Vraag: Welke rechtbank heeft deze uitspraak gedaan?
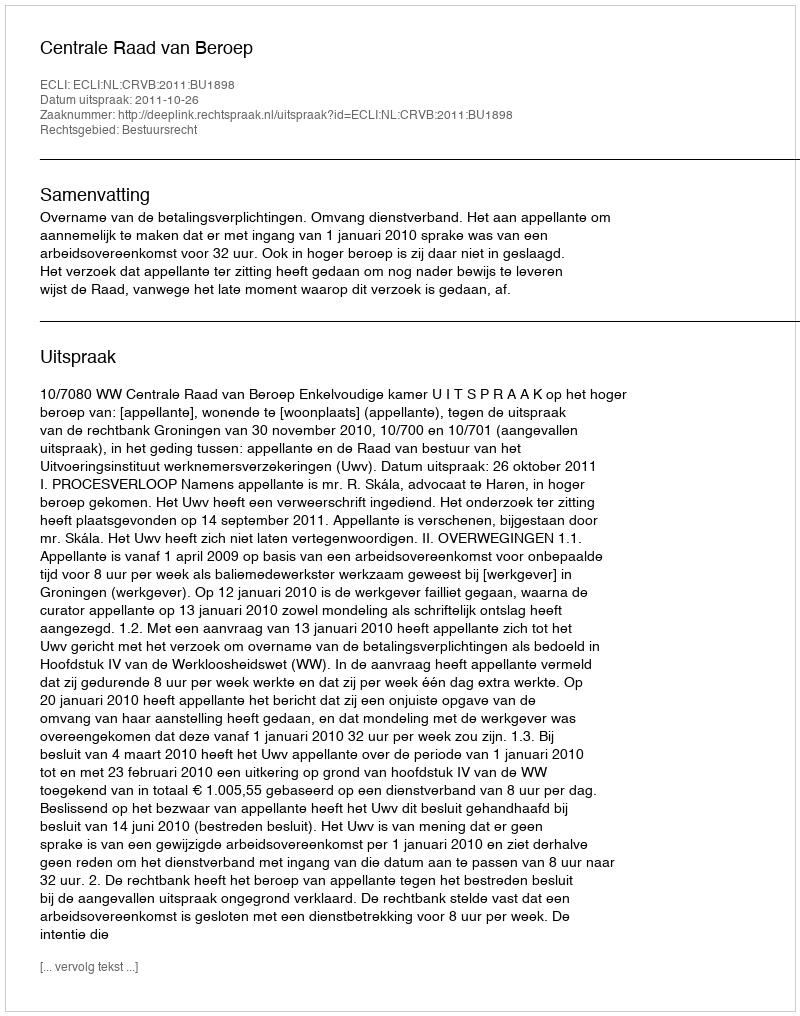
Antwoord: Centrale Raad van Beroep